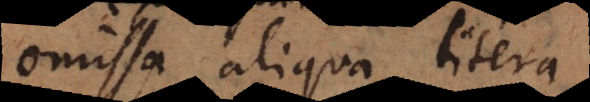
omissa aliqua litera